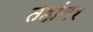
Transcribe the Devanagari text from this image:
तहांवर